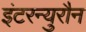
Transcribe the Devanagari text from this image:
इंटरन्युरौन